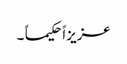
عزیزاً حکیما ً ۔